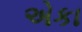
એકા